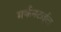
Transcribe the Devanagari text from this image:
मर्कनटाईल